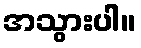
အသွားပါ။